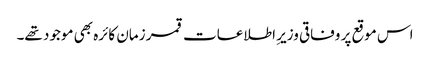
اس موقع پر وفاقی وزیرِ اطلاعات قمر زمان کائرہ بھی موجود تھے۔